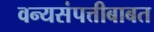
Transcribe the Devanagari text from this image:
वन्यसंपत्तीबाबत